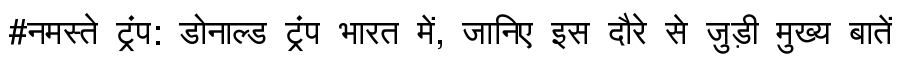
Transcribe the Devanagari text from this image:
#नमस्ते ट्रंप: डोनाल्ड ट्रंप भारत में, जानिए इस दौरे से जुड़ी मुख्य बातें